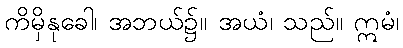
ကိမှိနုခေါ၊ အဘယ်၌။ အယံ၊ သည်။ ဣမံ၊